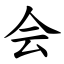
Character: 会